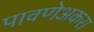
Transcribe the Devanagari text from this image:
पावणेअकरा